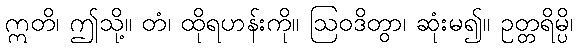
ဣတိ၊ ဤသို့။ တံ၊ ထိုရဟန်းကို။ ဩဝဒိတွာ၊ ဆုံးမ၍။ ဥတ္တရိမ္ပိ၊